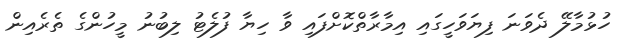
ހުޅުމާލޭ ދެވަނަ ފިޔަވަހީގައި އިމާރާތްކޮށްފައި ވާ ހިޔާ ފުލެޓު ލިބުނު މީހުންގެ ތެރެއިން